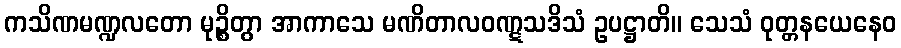
ကသိဏမဏ္ဍလတော မုဉ္စိတွာ အာကာသေ မဏိတာလဝဏ္ဋသဒိသံ ဥပဋ္ဌာတိ။ သေသံ ဝုတ္တနယေနေဝ